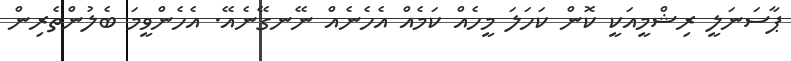
ޕާސަނަލީ ރިޝްމީއަކީ ކޮން ކަހަލަ މީހެއް ކަމެއް އެހެނެއް ނޭނގޭނެއޭ. އެހެންވީމަ ބެލުންތެރިން